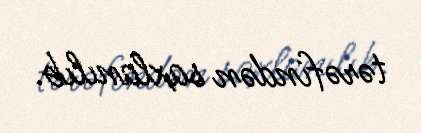
tərəfindən saxlanılıb.